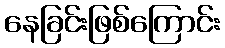
နေခြင်းဖြစ်ကြောင်း